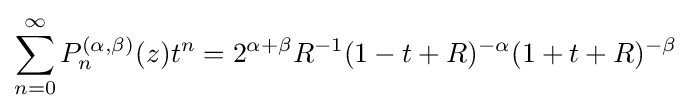
\sum _{n=0}^{\infty }P_{n}^{(\alpha ,\beta )}(z)t^{n}=2^{\alpha +\beta }R^{-1}(1-t+R)^{-\alpha }(1+t+R)^{-\beta }